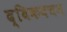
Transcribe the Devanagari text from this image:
द्विकवचन